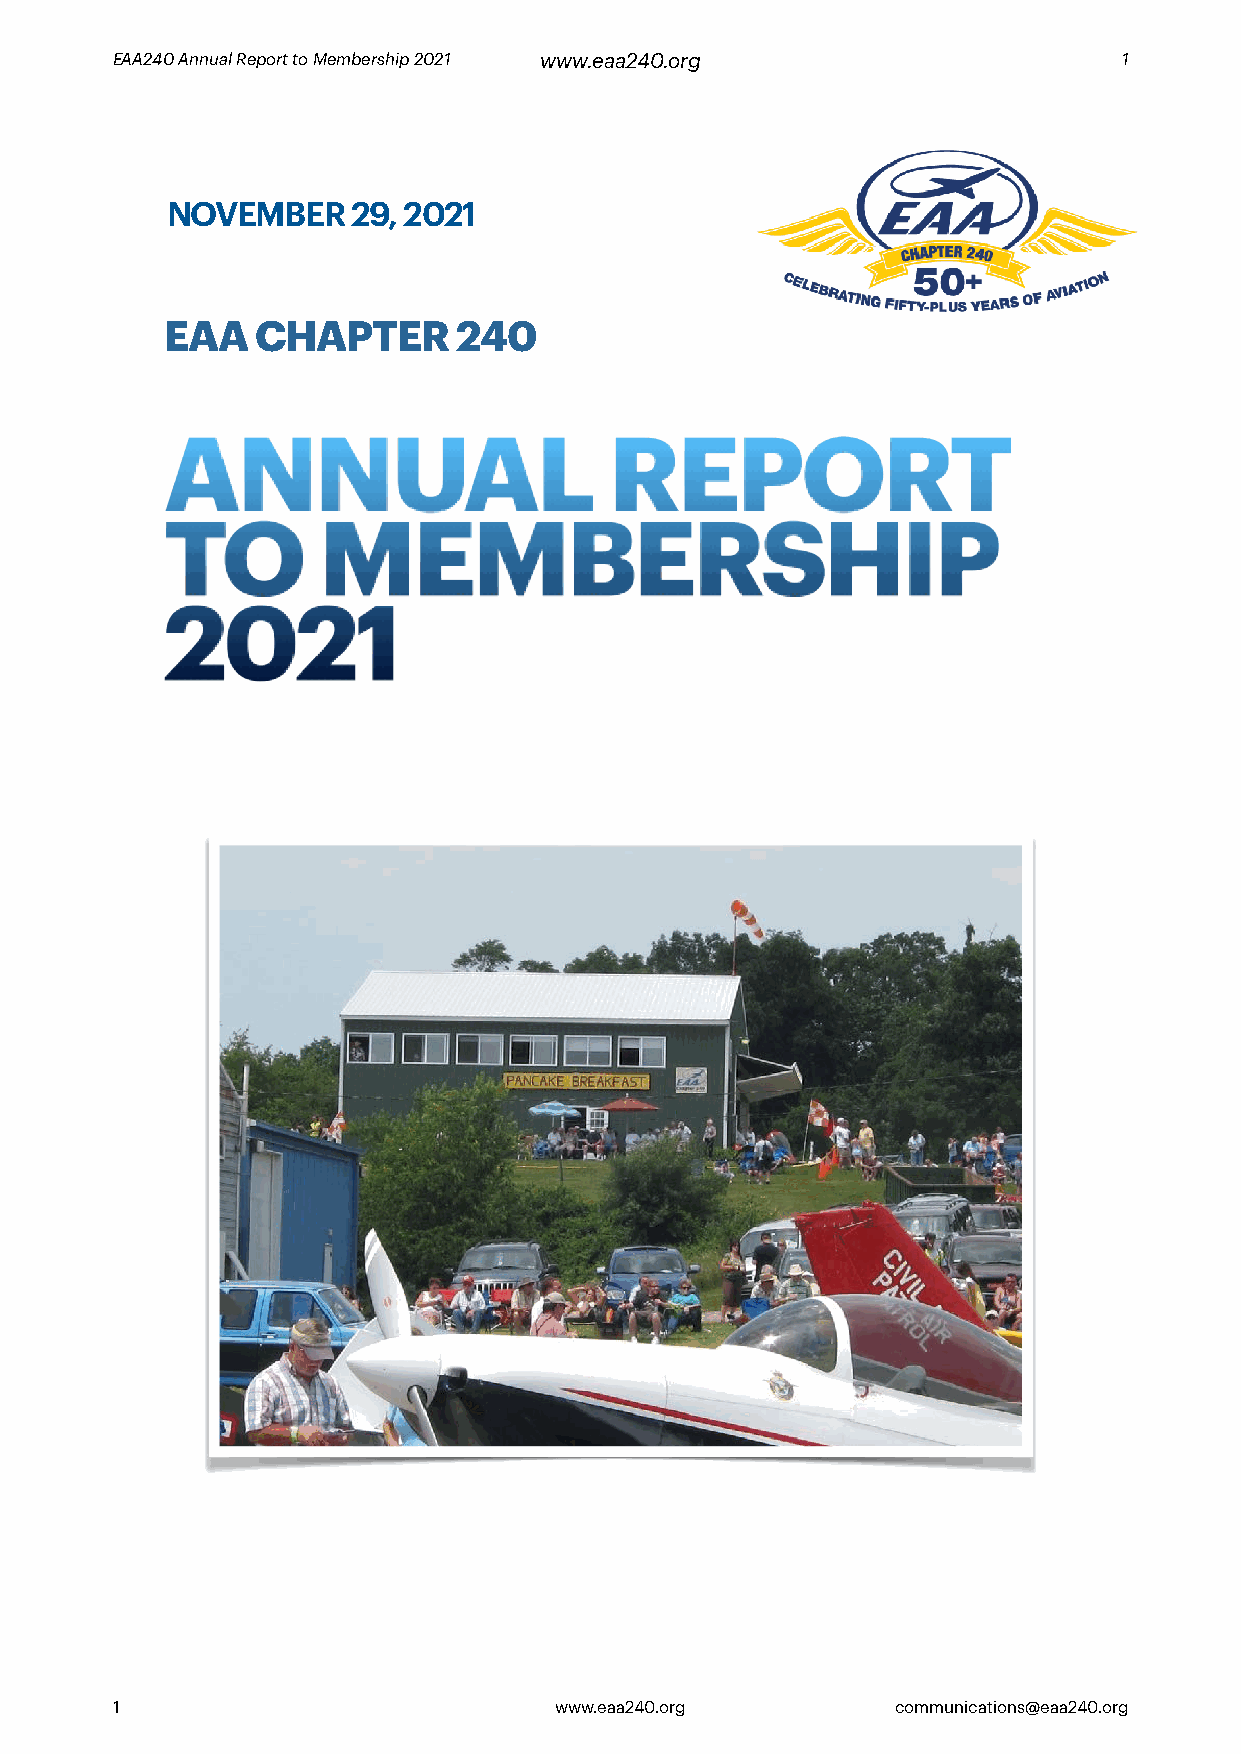
EAA240 Annual Report to Membership 2021 www.eaa240.org             1
 NOVEMBER    29, 2021
 EAA   CHAPTER      240
 ANNUAL                       REPORT
 TO        MEMBERSHIP
 2021
 1                             www.eaa240.org        communications@eaa240.org